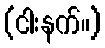
(ငါးနက်။)